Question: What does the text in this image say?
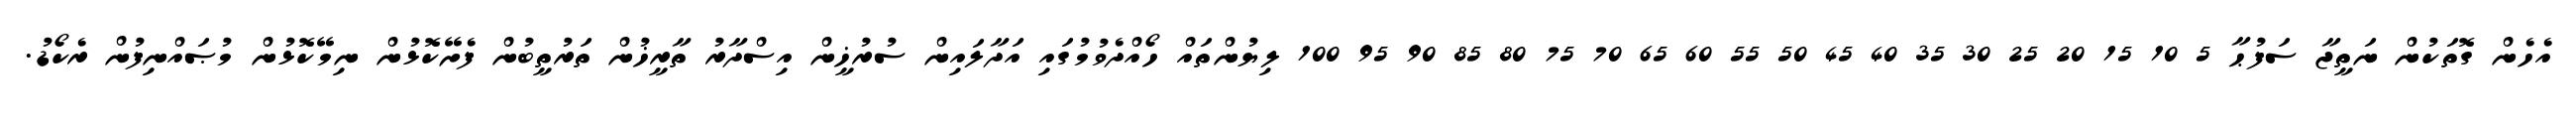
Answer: އެހެން ގޮތަކުން ނަތީޖާ ސަފުޙާ 5 10 15 20 25 30 35 40 45 50 55 60 65 70 75 80 85 90 95 100 ލިޔުންތައް ހޯއްދެވުމުގައި އަދާލައިން ސުރުޚީން އިސްދާރު ތާރީޚުން ތަރުތީބުން ފެށޭކޮޅުން ނިމޭކޮޅުން މުޞައްނިފުން ރެކޯޑު.